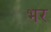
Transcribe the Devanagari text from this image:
भर